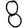
Digit: 8